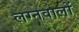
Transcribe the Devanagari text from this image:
लग्नवालों